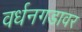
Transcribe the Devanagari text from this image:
वर्धनगडावर